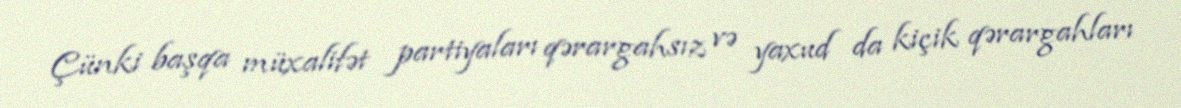
Çünki başqa müxalifət partiyaları qərargahsız və yaxud da kiçik qərargahları